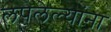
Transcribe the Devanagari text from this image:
लपलेल्‍यांना